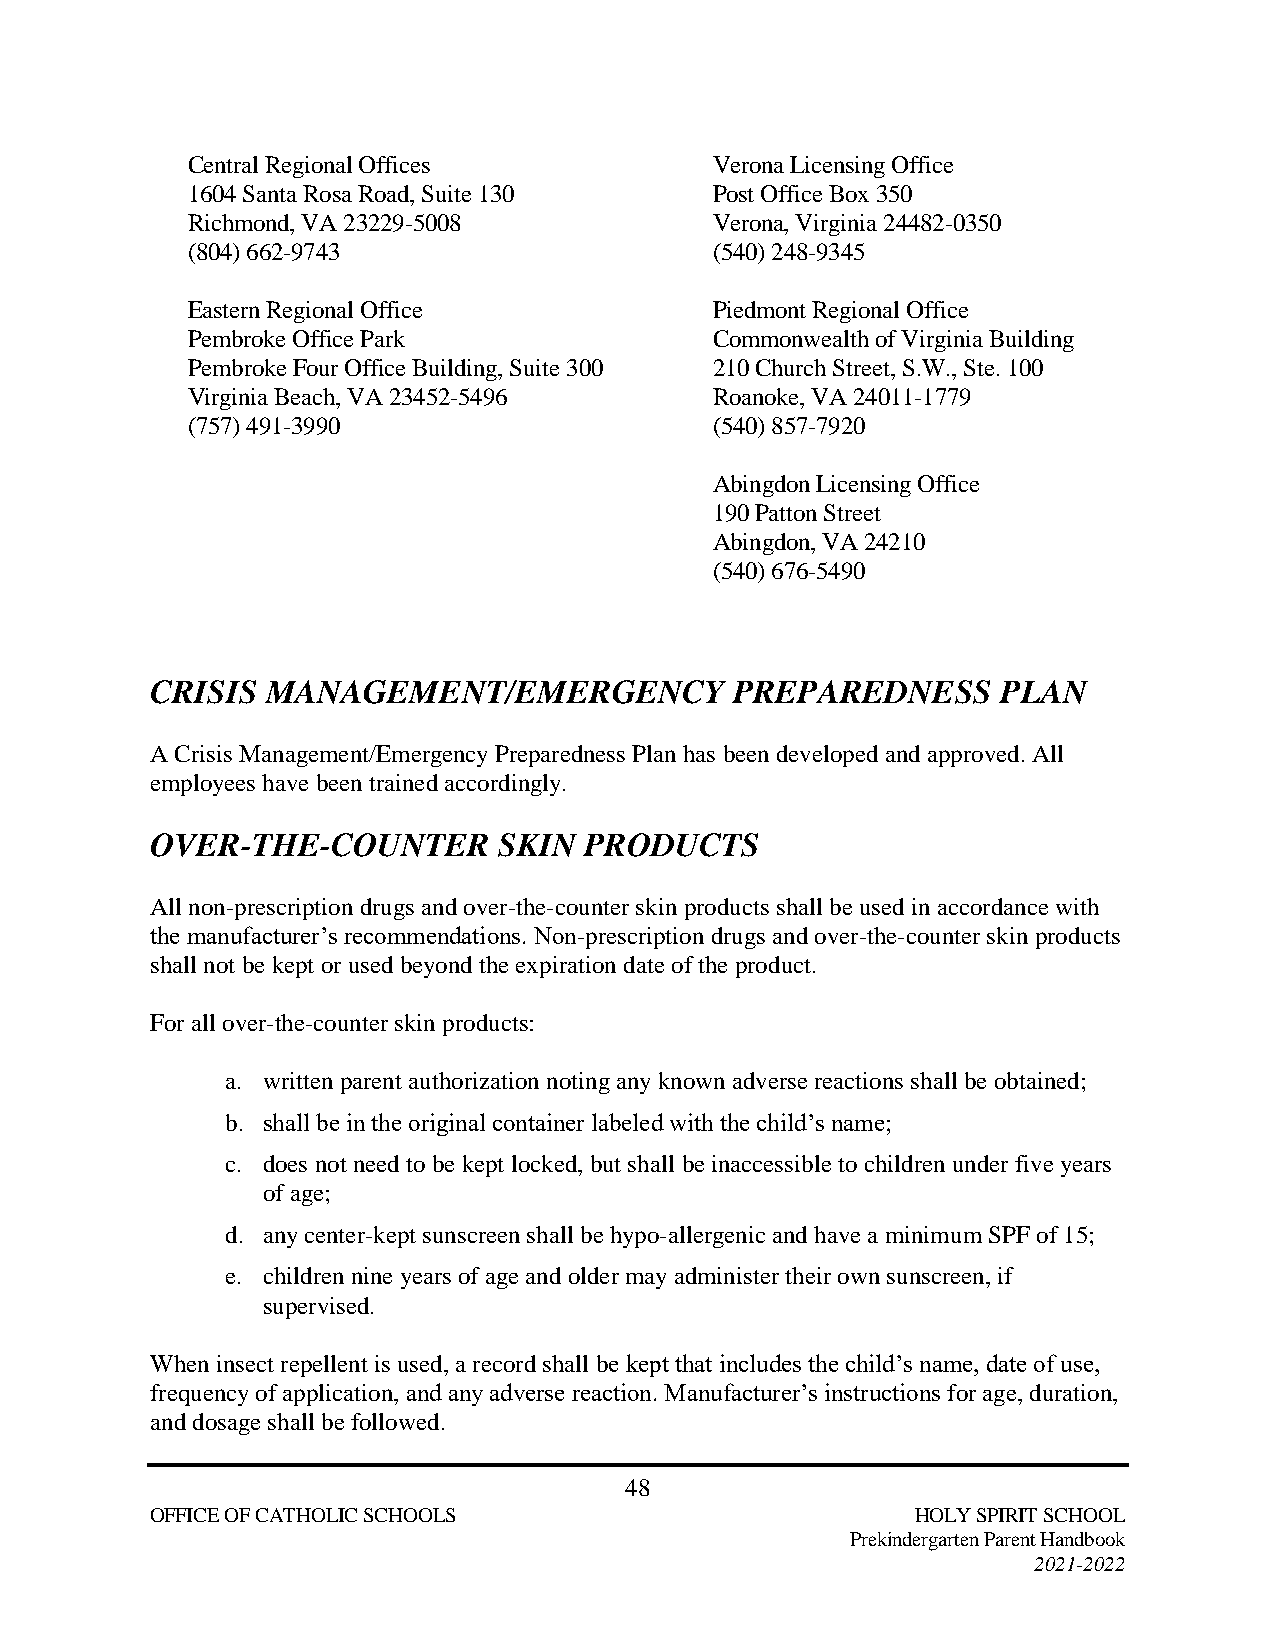
Central Regional Offices           Verona Licensing Office
 1604 Santa Rosa Road, Suite 130    Post Office Box 350
 Richmond, VA 23229-5008            Verona, Virginia 24482-0350
 (804) 662-9743                     (540) 248-9345
 Eastern Regional Office            Piedmont Regional Office
 Pembroke Office Park               Commonwealth of Virginia Building
 Pembroke Four Office Building, Suite 300 210 Church Street, S.W., Ste. 100
 Virginia Beach, VA 23452-5496      Roanoke, VA 24011-1779
 (757) 491-3990                     (540) 857-7920
 Abingdon Licensing Office
 190 Patton Street
 Abingdon, VA 24210
 (540) 676-5490
 CRISIS  MANAGEMENT/EMERGENCY           PREPAREDNESS     PLAN
 A Crisis Management/Emergency Preparedness Plan has been developed and approved. All
 employees have been trained accordingly.
 OVER-THE-COUNTER       SKIN  PRODUCTS
 All non-prescription drugs and over-the-counter skin products shall be used in accordance with
 the manufacturer’s recommendations. Non-prescription drugs and over-the-counter skin products
 shall not be kept or used beyond the expiration date of the product.
 For all over-the-counter skin products:
 a. written parent authorization noting any known adverse reactions shall be obtained;
 b. shall be in the original container labeled with the child’s name;
 c. does not need to be kept locked, but shall be inaccessible to children under five years
 of age;
 d. any center-kept sunscreen shall be hypo-allergenic and have a minimum SPF of 15;
 e. children nine years of age and older may administer their own sunscreen, if
 supervised.
 When insect repellent is used, a record shall be kept that includes the child’s name, date of use,
 frequency of application, and any adverse reaction. Manufacturer’s instructions for age, duration,
 and dosage shall be followed.
 48
 OFFICE OF CATHOLIC SCHOOLS                         HOLY SPIRIT SCHOOL
 Prekindergarten Parent Handbook
 2021-2022